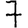
Digit: 7